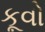
કૂવો